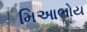
મિઆભોય